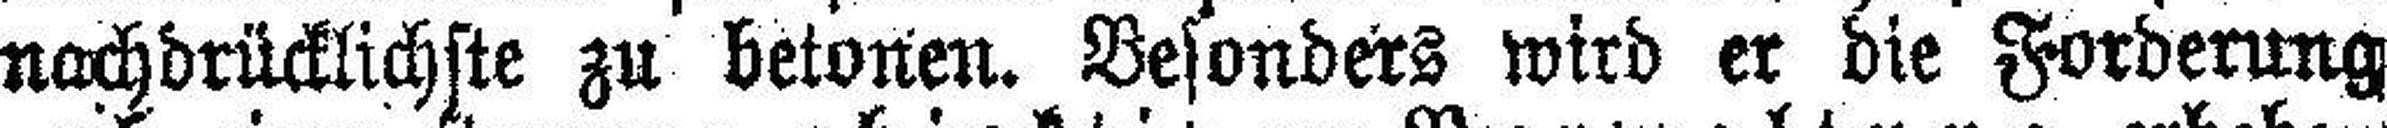
nachdrücklichste zu betonen. Besonders wird er die Forderung